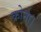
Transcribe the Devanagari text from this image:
क्रोना।